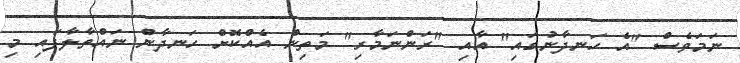
ނަމަވެސް "އެ ހަނދާނުގައި" އާއި "ރަންނަމާރި" މަތިން އެއްކޮށް ހަނދާން ނައްތާލާފައި މި